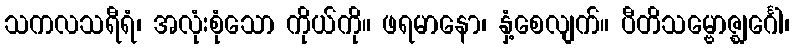
သကလသရီရံ၊ အလုံးစုံသော ကိုယ်ကို။ ဖရမာနော၊ နှံ့စေလျက်။ ပီတိသမ္ဗောဇ္ဈင်္ဂေါ၊